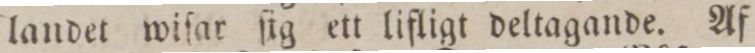
landet wiſar ſig ett lifligt deltagande. Af